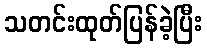
သတင်းထုတ်ပြန်ခဲ့ပြီး